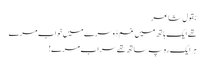
بقول شاعر
تھے ایک ہاتھ میں غم دُوسرے میں خواب مرے
ہرایک رہ پہ ساتھ تھے سراب مرے!